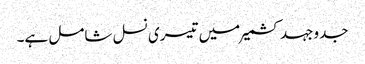
جدوجہد کشمیر میں تیسری نسل شامل ہے۔